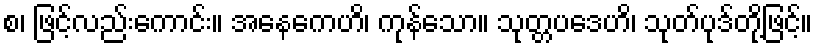
စ၊ ဖြင့်လည်းကောင်း။ အနေကေဟိ၊ ကုန်သော။ သုတ္တပဒေဟိ၊ သုတ်ပုဒ်တို့ဖြင့်။